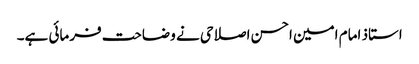
استاذ امام امین احسن اصلاحی نے وضاحت فرمائی ہے۔